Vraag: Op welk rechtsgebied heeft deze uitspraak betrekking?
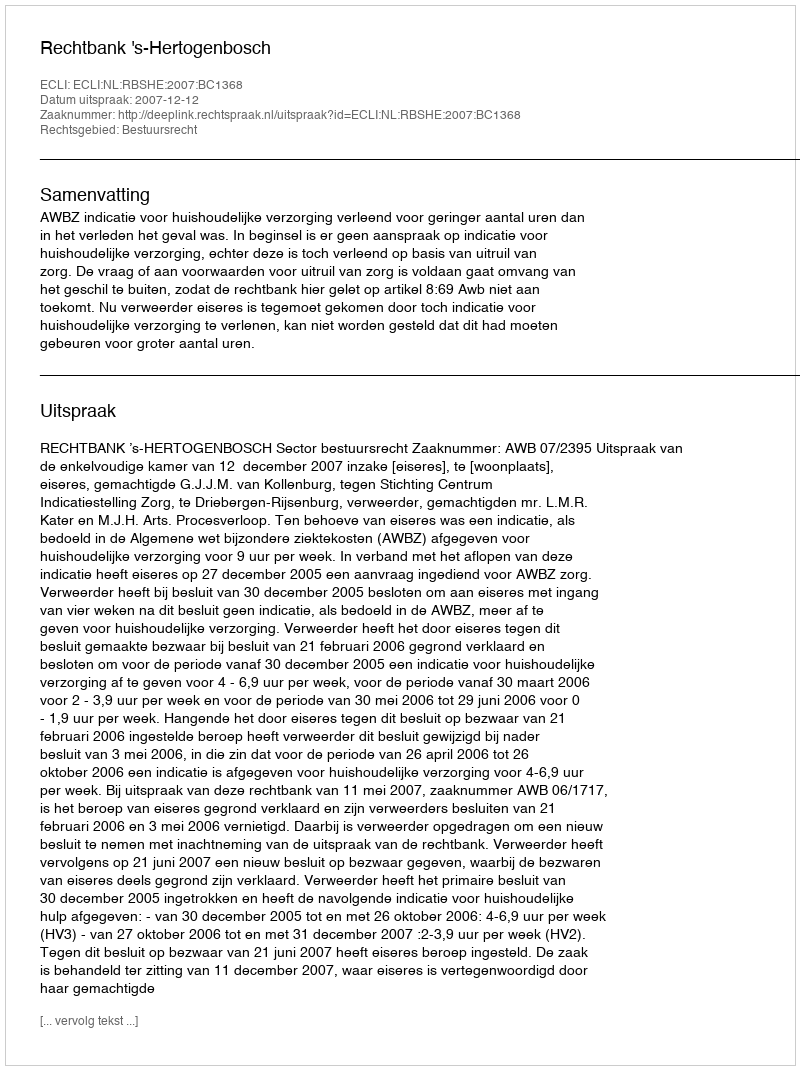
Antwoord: Bestuursrecht